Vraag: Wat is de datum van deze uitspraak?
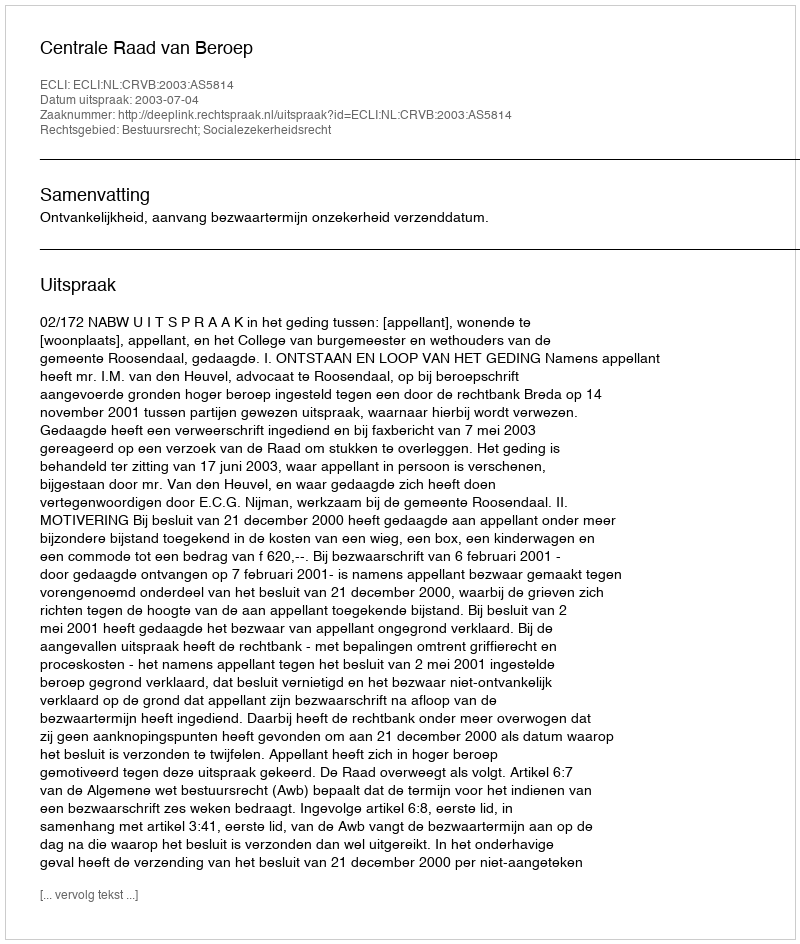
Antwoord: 2003-07-04